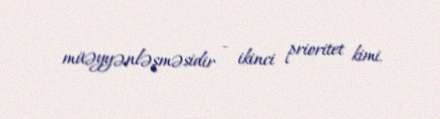
müəyyənləşməsidir - ikinci prioritet kimi.